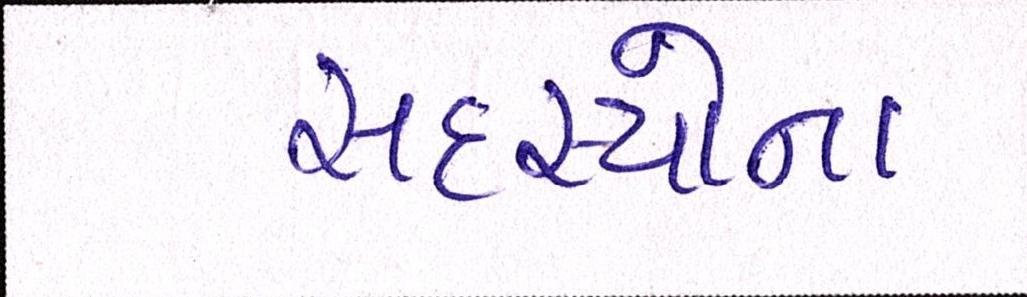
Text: સદસ્યોના